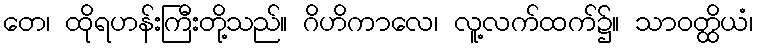
တေ၊ ထိုရဟန်းကြီးတို့သည်။ ဂိဟိကာလေ၊ လူ့လက်ထက်၌။ သာဝတ္ထိယံ၊